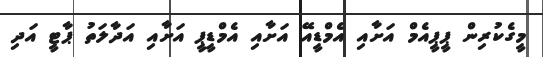
މީގެކުރިން ޕީޕީއެމް އަށާއި އެމްޑީއޭ އަށާއި އެމްޑީޕީ އަށާއި އަދާލަތު ޕާޓީ އަދި